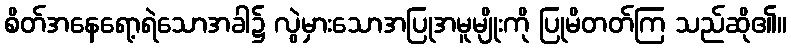
စိတ်အနေရော့ရဲသောအခါ၌ လွဲမှားသောအပြုအမူမျိုးကို ပြုမိတတ်ကြ သည်ဆို၏။